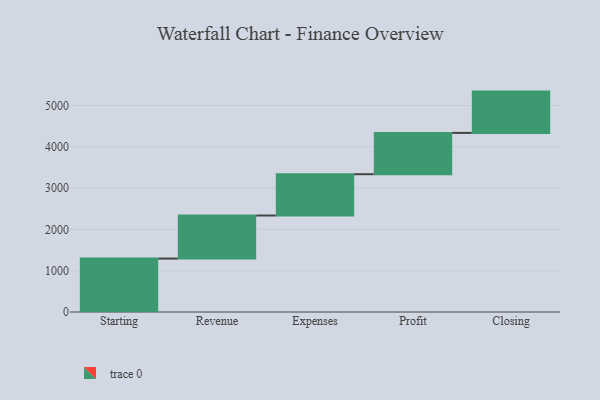
{"axis": {"x": "Step", "y": "Value"}, "legend": [""], "data": [{"x": "Starting", "y": 1293.0, "type": ""}, {"x": "Revenue", "y": 1043.0, "type": ""}, {"x": "Expenses", "y": 1000, "type": ""}, {"x": "Profit", "y": 1000, "type": ""}, {"x": "Closing", "y": 1000, "type": ""}]}